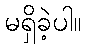
မရှိခဲ့ပါ။